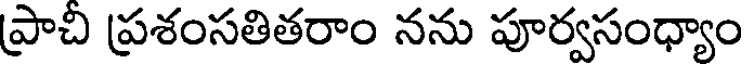
ప్రాచి ప్రశంసతితరాం నను పూర్వసంధ్యాం